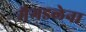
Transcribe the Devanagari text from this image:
मैगडलेना